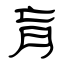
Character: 肓